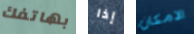
بهاتفك إذا الامكان